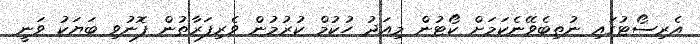
އެރިސޯޓުގައި ނުތިބެވޭނެކަމަށް ކޯޓުން މިއަދު ހުކުމް ކުރުމުން ވެރިފަރާތުން ފޮނުވި ބަޔަކު ވަނީ